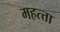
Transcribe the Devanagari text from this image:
महत्त्ता